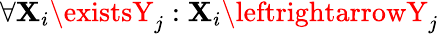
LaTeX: \forall\mathbf{X}_{i}\existsY_{j}:\mathbf{X}_{i}\leftrightarrowY_{j}